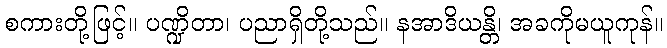
စကားတို့ဖြင့်။ ပဏ္ဍိတာ၊ ပညာရှိတို့သည်။ နအာဒိယန္တိ၊ အခကိုမယူကုန်။